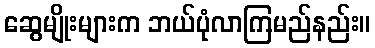
ဆွေမျိုးများက ဘယ်ပုံလာကြမည်နည်း။